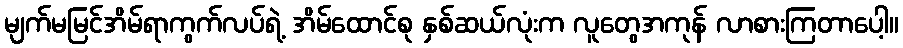
မျက်မမြင်အိမ်ရာကွက်လပ်ရဲ့ အိမ်ထောင်စု နှစ်ဆယ်လုံးက လူတွေအကုန် လာစားကြတာပေါ့။